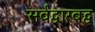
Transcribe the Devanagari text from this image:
सर्वद्वारबद्व